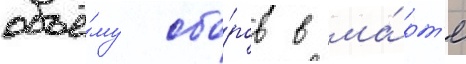
объё́му сбо́ров в ма́рт'е